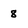
Character: 8